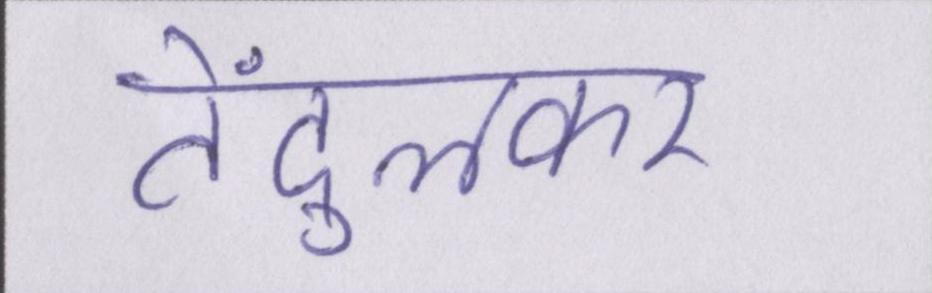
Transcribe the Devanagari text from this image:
तेंदुलकर